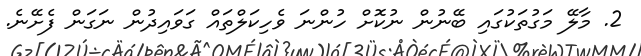
2. މާލޭ މަގުތަކުގައި ބޭނުން ނުކޮށް ހުންނަ ވެހިކަލްތައް ގަވައިދުން ނަގަން ފެށޭނެ.